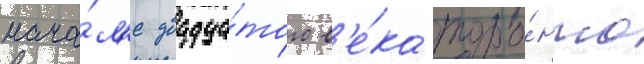
нача́л'е двадца́того в'е́ка торо́нто